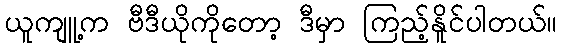
ယူကျူ့က ဗီဒီယိုကိုတော့ ဒီမှာ ကြည့်နိူင်ပါတယ်။